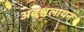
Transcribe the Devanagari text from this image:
अवश्वलायन